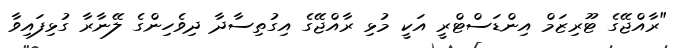
"ރާއްޖޭގެ ޓޫރިޒަމް އިންޑަސްޓްރީ އަކީ މުޅި ރާއްޖޭގެ އިގުތިސާދާ ދިވެހިންގެ ލޭނާރާ ގުޅިފައިވާ